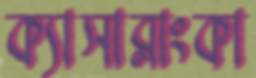
ক্যাসাব্লাংকা